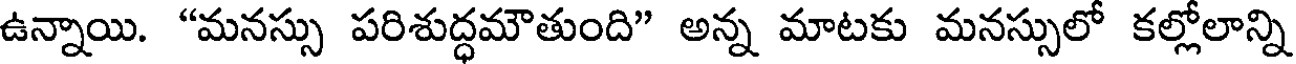
ఉన్నాయి. "మనస్సు పరిశుద్ధమౌతుంది" అన్న మాటకు మనస్సులో కల్లోలాన్ని